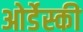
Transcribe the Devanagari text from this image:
ओर्डेस्की